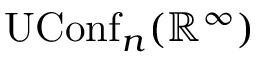
\operatorname { U C o n f } _ { n } ( \mathbb { R } ^ { \infty } )